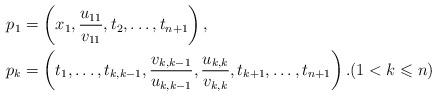
LaTeX: \begin{align*}\begin{aligned}p_1 &= \left(x_1,\frac{u_{11}}{v_{11}},t_2,\dots, t_{n+1}\right), \\p_k &= \left(t_1,\dots, t_{k,k-1},\frac{v_{k,k-1}}{u_{k,k-1}},\frac{u_{k,k}}{v_{k,k}},t_{k+1},\dots, t_{n+1}\right).(1<k\leqslant n)\end{aligned}\end{align*}